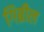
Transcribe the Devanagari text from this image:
गिब्रील